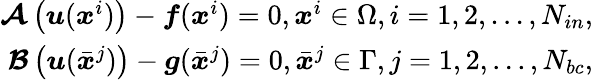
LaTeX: \begin{array}{r}{\boldsymbol{\mathcal{A}}\left(\boldsymbol{u}(\boldsymbol{x}^{i})\right)-\boldsymbol{f}(\boldsymbol{x}^{i})=0,\boldsymbol{x}^{i}\in\Omega,i=1,2,...,N_{in},}\\ {\boldsymbol{\mathcal{B}}\left(\boldsymbol{u}(\bar{\boldsymbol{x}}^{j})\right)-\boldsymbol{g}(\bar{\boldsymbol{x}}^{j})=0,\bar{\boldsymbol{x}}^{j}\in\Gamma,j=1,2,...,N_{bc},}\end{array}